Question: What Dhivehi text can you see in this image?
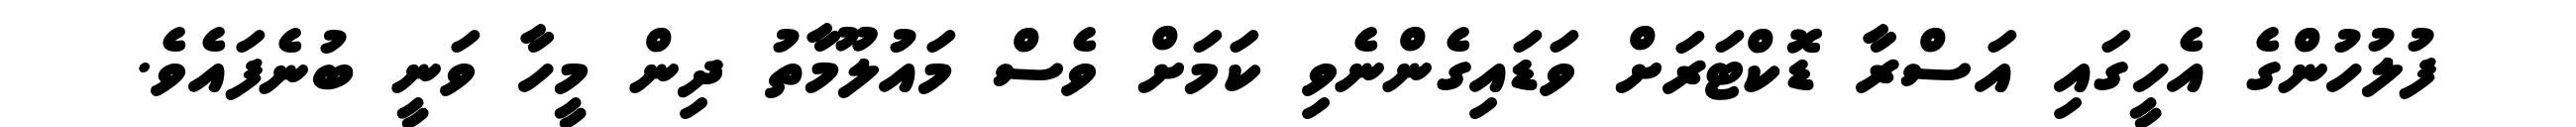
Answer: ފުލުހުންގެ އެހީގައި އަސްރާ ޑޮކްޓަރަށް ވަޑައިގެންނެވި ކަމަށް ވެސް މައުލޫމާތު ދިން މީހާ ވަނީ ބުނެފައެވެ.